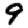
Digit: 9